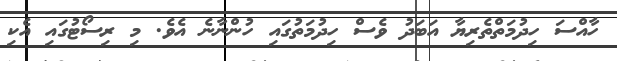
ހާއްސަ ހިދުމަތްތެރިޔާ އަބަދު ވެސް ހިދުމަތުގައި ހުންނާނެ އެވެ. މި ރިސޯޓުގައި އެކި